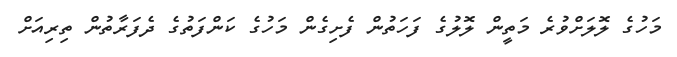
މަހުގެ ލޮލަށްވުރެ މަތީން ލޮލުގެ ފަހަތުން ފެށިގެން މަހުގެ ކަންފަތުގެ ދެފަރާތުން ތިރިއަށް